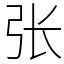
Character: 张